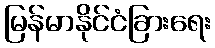
မြန်မာနိုင်ငံခြားရေး